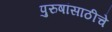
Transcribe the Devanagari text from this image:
पुरुषांसाठीचे